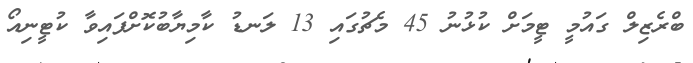
ބްރެޒިލް ގައުމީ ޓީމަށް ކުޅުނު 45 މެޗުގައި 13 ލަނޑު ކާމިޔާބުކޮށްފައިވާ ކުޓީނިއޯ